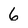
Character: 6